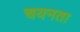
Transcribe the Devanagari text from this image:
चयनता